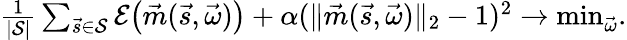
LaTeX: \begin{array}{r}{\frac{1}{|\mathcal{S}|}\sum_{\vec{s}\in\mathcal{S}}\mathcal{E}\big(\vec{m}(\vec{s},\vec{\omega})\big)+\alpha(\| \vec{m}(\vec{s},\vec{\omega})\| _{2}-1)^{2}\rightarrow\mathrm{min}_{\vec{\omega}}.}\end{array}